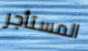
المستأجر